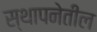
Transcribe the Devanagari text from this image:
स्थापनेतील